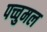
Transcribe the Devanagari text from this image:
पच्चुमल